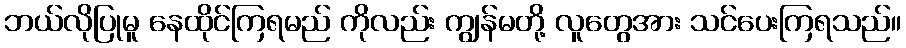
ဘယ်လိုပြုမူ နေထိုင်ကြရမည် ကိုလည်း ကျွန်မတို့ လူတွေအား သင်ပေးကြရသည်။